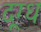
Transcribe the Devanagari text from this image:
दूग्ध